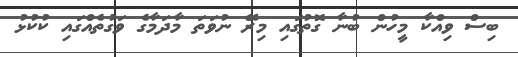
ބިސް ވިއްކާ މީހުން ބުނާ ގޮތުގައި މިރޭ ނުވަތަ މާދަމާގެ ވަގުތެއްގައި ކުކުޅު